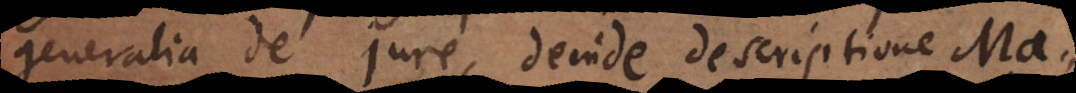
generalia de jure, deinde descriptiones Ma